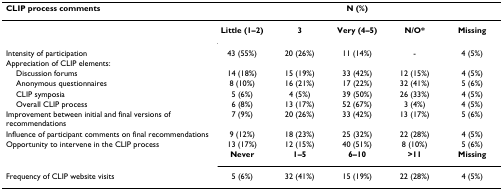
<table><thead><tr><td><b>CLIP process comments</b></td><td colspan="5"><b>N (%)</b></td></tr></thead><tbody><tr><td></td><td><b>Little (1–2)</b></td><td><b>3</b></td><td><b>Very (4–5)</b></td><td><b>N/O*</b></td><td><b>Missing</b></td></tr><tr><td>Intensity of participation</td><td>43 (55%)</td><td>20 (26%)</td><td>11 (14%)</td><td>-</td><td>4 (5%)</td></tr><tr><td>Appreciation of CLIP elements:</td><td></td><td></td><td></td><td></td><td></td></tr><tr><td> Discussion forums</td><td>14 (18%)</td><td>15 (19%)</td><td>33 (42%)</td><td>12 (15%)</td><td>4 (5%)</td></tr><tr><td> Anonymous questionnaires</td><td>8 (10%)</td><td>16 (21%)</td><td>17 (22%)</td><td>32 (41%)</td><td>5 (6%)</td></tr><tr><td> CLIP symposia</td><td>5 (6%)</td><td>4 (5%)</td><td>39 (50%)</td><td>26 (33%)</td><td>4 (5%)</td></tr><tr><td> Overall CLIP process</td><td>6 (8%)</td><td>13 (17%)</td><td>52 (67%)</td><td>3 (4%)</td><td>4 (5%)</td></tr><tr><td>Improvement between initial and final versions of recommendations</td><td>7 (9%)</td><td>20 (26%)</td><td>33 (42%)</td><td>13 (17%)</td><td>5 (6%)</td></tr><tr><td>Influence of participant comments on final recommendations</td><td>9 (12%)</td><td>18 (23%)</td><td>25 (32%)</td><td>22 (28%)</td><td>4 (5%)</td></tr><tr><td>Opportunity to intervene in the CLIP process</td><td>13 (17%)</td><td>12 (15%)</td><td>40 (51%)</td><td>8 (10%)</td><td>5 (6%)</td></tr><tr><td></td><td><b>Never</b></td><td><b>1–5</b></td><td><b>6–10</b></td><td><b>&gt;11</b></td><td><b>Missing</b></td></tr><tr><td>Frequency of CLIP website visits</td><td>5 (6%)</td><td>32 (41%)</td><td>15 (19%)</td><td>22 (28%)</td><td>4 (5%)</td></tr></tbody></table>